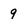
Character: 9